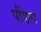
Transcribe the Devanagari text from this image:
पौंडला